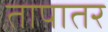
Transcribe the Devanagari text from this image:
तापातर